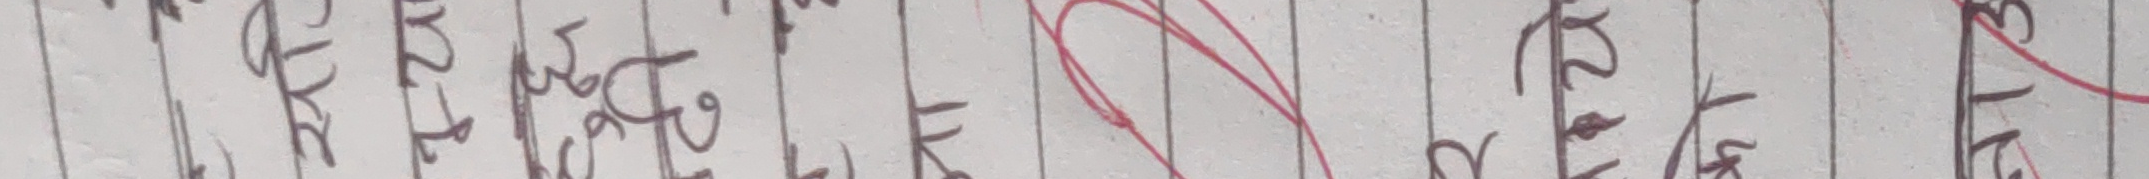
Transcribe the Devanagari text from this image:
के हा ने मा फ ल र क स ट ढ म र य क द ग ध फ झ ठ म अ